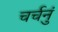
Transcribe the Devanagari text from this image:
चर्चनुं